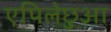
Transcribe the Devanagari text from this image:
एपिलेछुआ